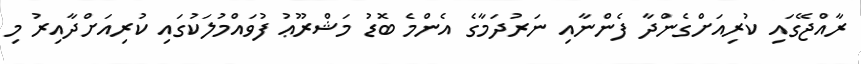
ރާއްޖޭގައި ކުރިއަށްގެންދާ ފެންނާއި ނަރުދަމާގެ އެންމެ ބޮޑު މަޝްރޫޢު ފުވައްމުލަކުގައި ކުރިއަށްދާއިރު މި